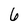
Character: 6